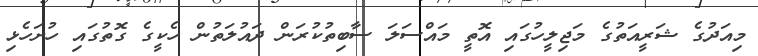
މިއަދުގެ ޝަރީއަތުގެ މަޖިިލީހުގައި އޮތީ މައްސަލަ ސާބިތުކުރަން ދައުލަތުން ހެކީގެ ގޮތުގައި ހުށަހެޅި